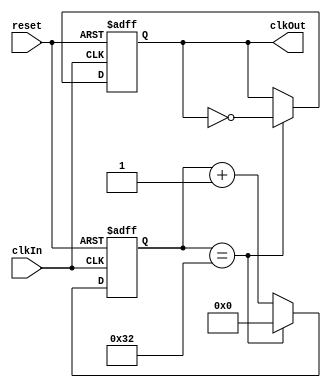
`timescale 1ns / 1ps
//////////////////////////////////////////////////////////////////////////////////
// Company: 
// Engineer: 
// 
// Design Name: 
// Module Name:    movClk 
// Project Name: 
// Target Devices: 
// Tool versions: 
// Description: 
//
// Dependencies: 
//
// Revision: 
// Revision 0.01 - File Created
// Additional Comments: 
//
//////////////////////////////////////////////////////////////////////////////////
module movClk(clkIn,
              reset,
			  clkOut
    );
    input clkIn;
    input reset;
    output reg clkOut = 0 ;
    reg [31:0] counter = 0;
    
    always @(posedge clkIn or negedge reset) begin
        if(~reset) begin
            clkOut <= 0;
            counter <= 0;
        end else
            if(counter == 50) begin
                counter <= 0;
                clkOut <= ~clkOut;
            end 
            else
                counter <= counter + 1'b1;
    end

endmodule